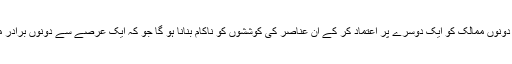
سرتاج عزیز نے ملاقات میں افغان وفد کے اراکین سے کہا کہ دونوں ممالک کو ایک دوسرے پر اعتماد کر کے ان عناصر کی کوششوں کو ناکام بنانا ہو گا جو کہ ایک عرصے سے دونوں برادر ممالک کے درمیان کشیدگی پیدا کرنے کی کوشش کر رہے ہیں۔